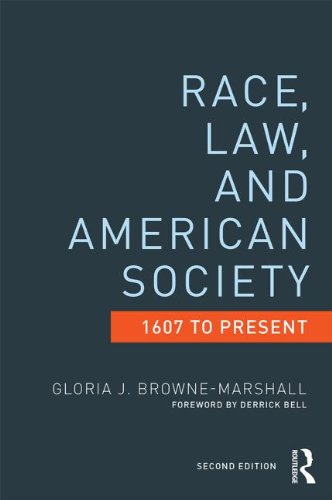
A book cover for Race, Law, and American Society: 1607-Present (Criminology and Justice Studies); Gloria J. Browne-Marshall; Law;